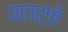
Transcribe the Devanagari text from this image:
यातर्फे